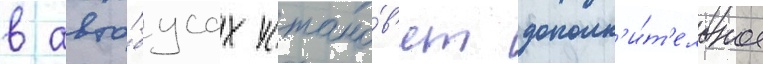
в авто́бусах устано́в'ят дополн'и́т'ельное